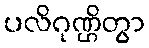
ပလိဂုဏ္ဌိတွာ